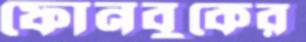
ফোনবুকের